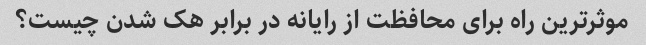
موثرترین راه برای محافظت از رایانه در برابر هک شدن چیست؟